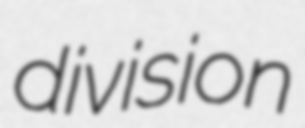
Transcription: division